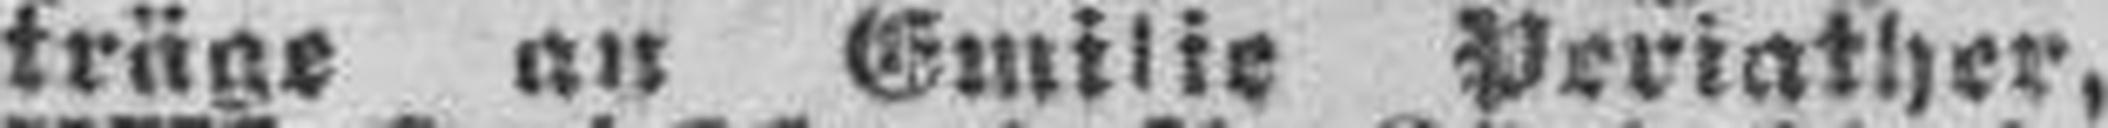
träge an Emilie Periather,